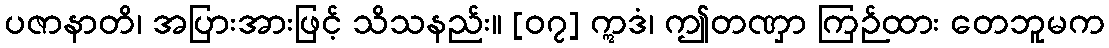
ပဇာနာတိ၊ အပြားအားဖြင့် သိသနည်း။ [၀၇] ဣဒံ၊ ဤတဏှာ ကြဉ်ထား တေဘူမက